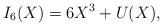
\begin{align*}I_6(X)=6X^3+U(X),\end{align*}